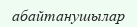
абайтанушылар